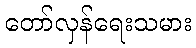
တော်လှန်ရေးသမား